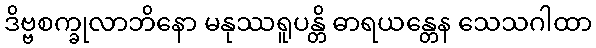
ဒိဗ္ဗစက္ခုလာဘိနော မနုဿရူပန္တိ ဓာရယန္တေန သေသဂါထာ